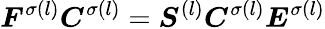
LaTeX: \boldsymbol{F}^{\sigma(l)}\boldsymbol{C}^{\sigma(l)}=\boldsymbol{S}^{(l)}\boldsymbol{C}^{\sigma(l)}\boldsymbol{E}^{\sigma(l)}